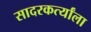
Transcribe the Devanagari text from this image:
सादरकर्त्यांला